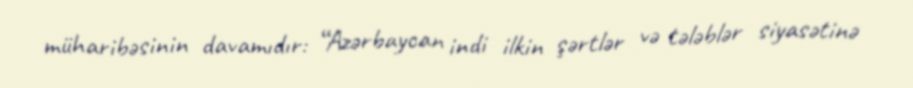
müharibəsinin davamıdır: “Azərbaycan indi ilkin şərtlər və tələblər siyasətinə